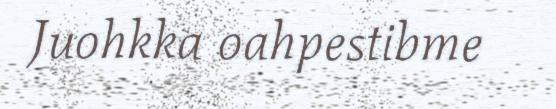
Juohkka oahpestibme